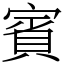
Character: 賓